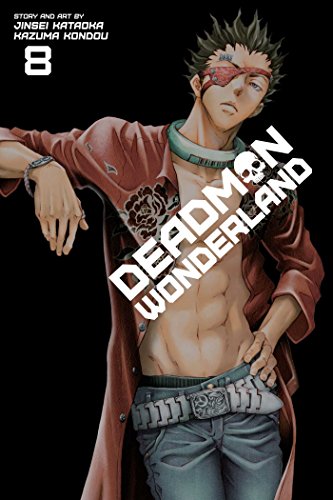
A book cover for Deadman Wonderland, Vol. 8; Jinsei Kataoka; Comics & Graphic Novels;